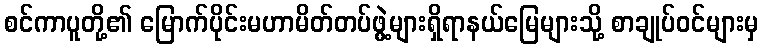
စင်ကာပူတို့၏ မြောက်ပိုင်းမဟာမိတ်တပ်ဖွဲ့များရှိရာနယ်မြေများသို့ စာချုပ်ဝင်များမှ